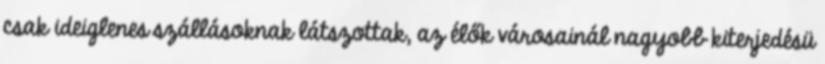
csak ideiglenes szállásoknak látszottak, az élők városainál nagyobb kiterjedésü